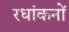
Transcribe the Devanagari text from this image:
रधांकनों